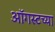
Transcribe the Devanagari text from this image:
आॅगस्टच्या